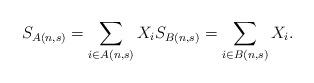
LaTeX: \begin{align*}S_{A(n,s)}=\sum_{i \in A(n,s)} X_i S_{B(n,s)}=\sum_{i \in B(n,s)} X_i.\end{align*}